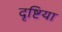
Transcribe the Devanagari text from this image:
दृष्टिया